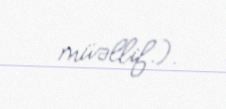
müəllif.).